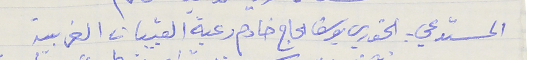
المستدعي : الخوري يوسف الحاج خادم رعية القبيات الغربية